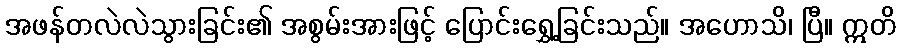
အဖန်တလဲလဲသွားခြင်း၏ အစွမ်းအားဖြင့် ပြောင်းရွှေ့ခြင်းသည်။ အဟောသိ၊ ပြီ။ ဣတိ